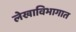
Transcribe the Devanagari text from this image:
लेखाविभागात